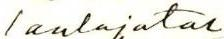
laulajatar